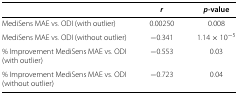
|  | r | p-value |
 | --- | --- | --- |
 | MediSens MAE vs. ODI (with outlier) | 0.00250 | 0.008 |
 | MediSens MAE vs. ODI (without outlier) | -0.341 | 1.14×10-5 |
 | % Improvement MediSens MAE vs. ODI | -0.553 | 0.03 |
 | (with outlier) |  |  |
 | % Improvement MediSens MAE vs. ODI | -0.723 | 0.04 |
 | (without outlier) |  |  |